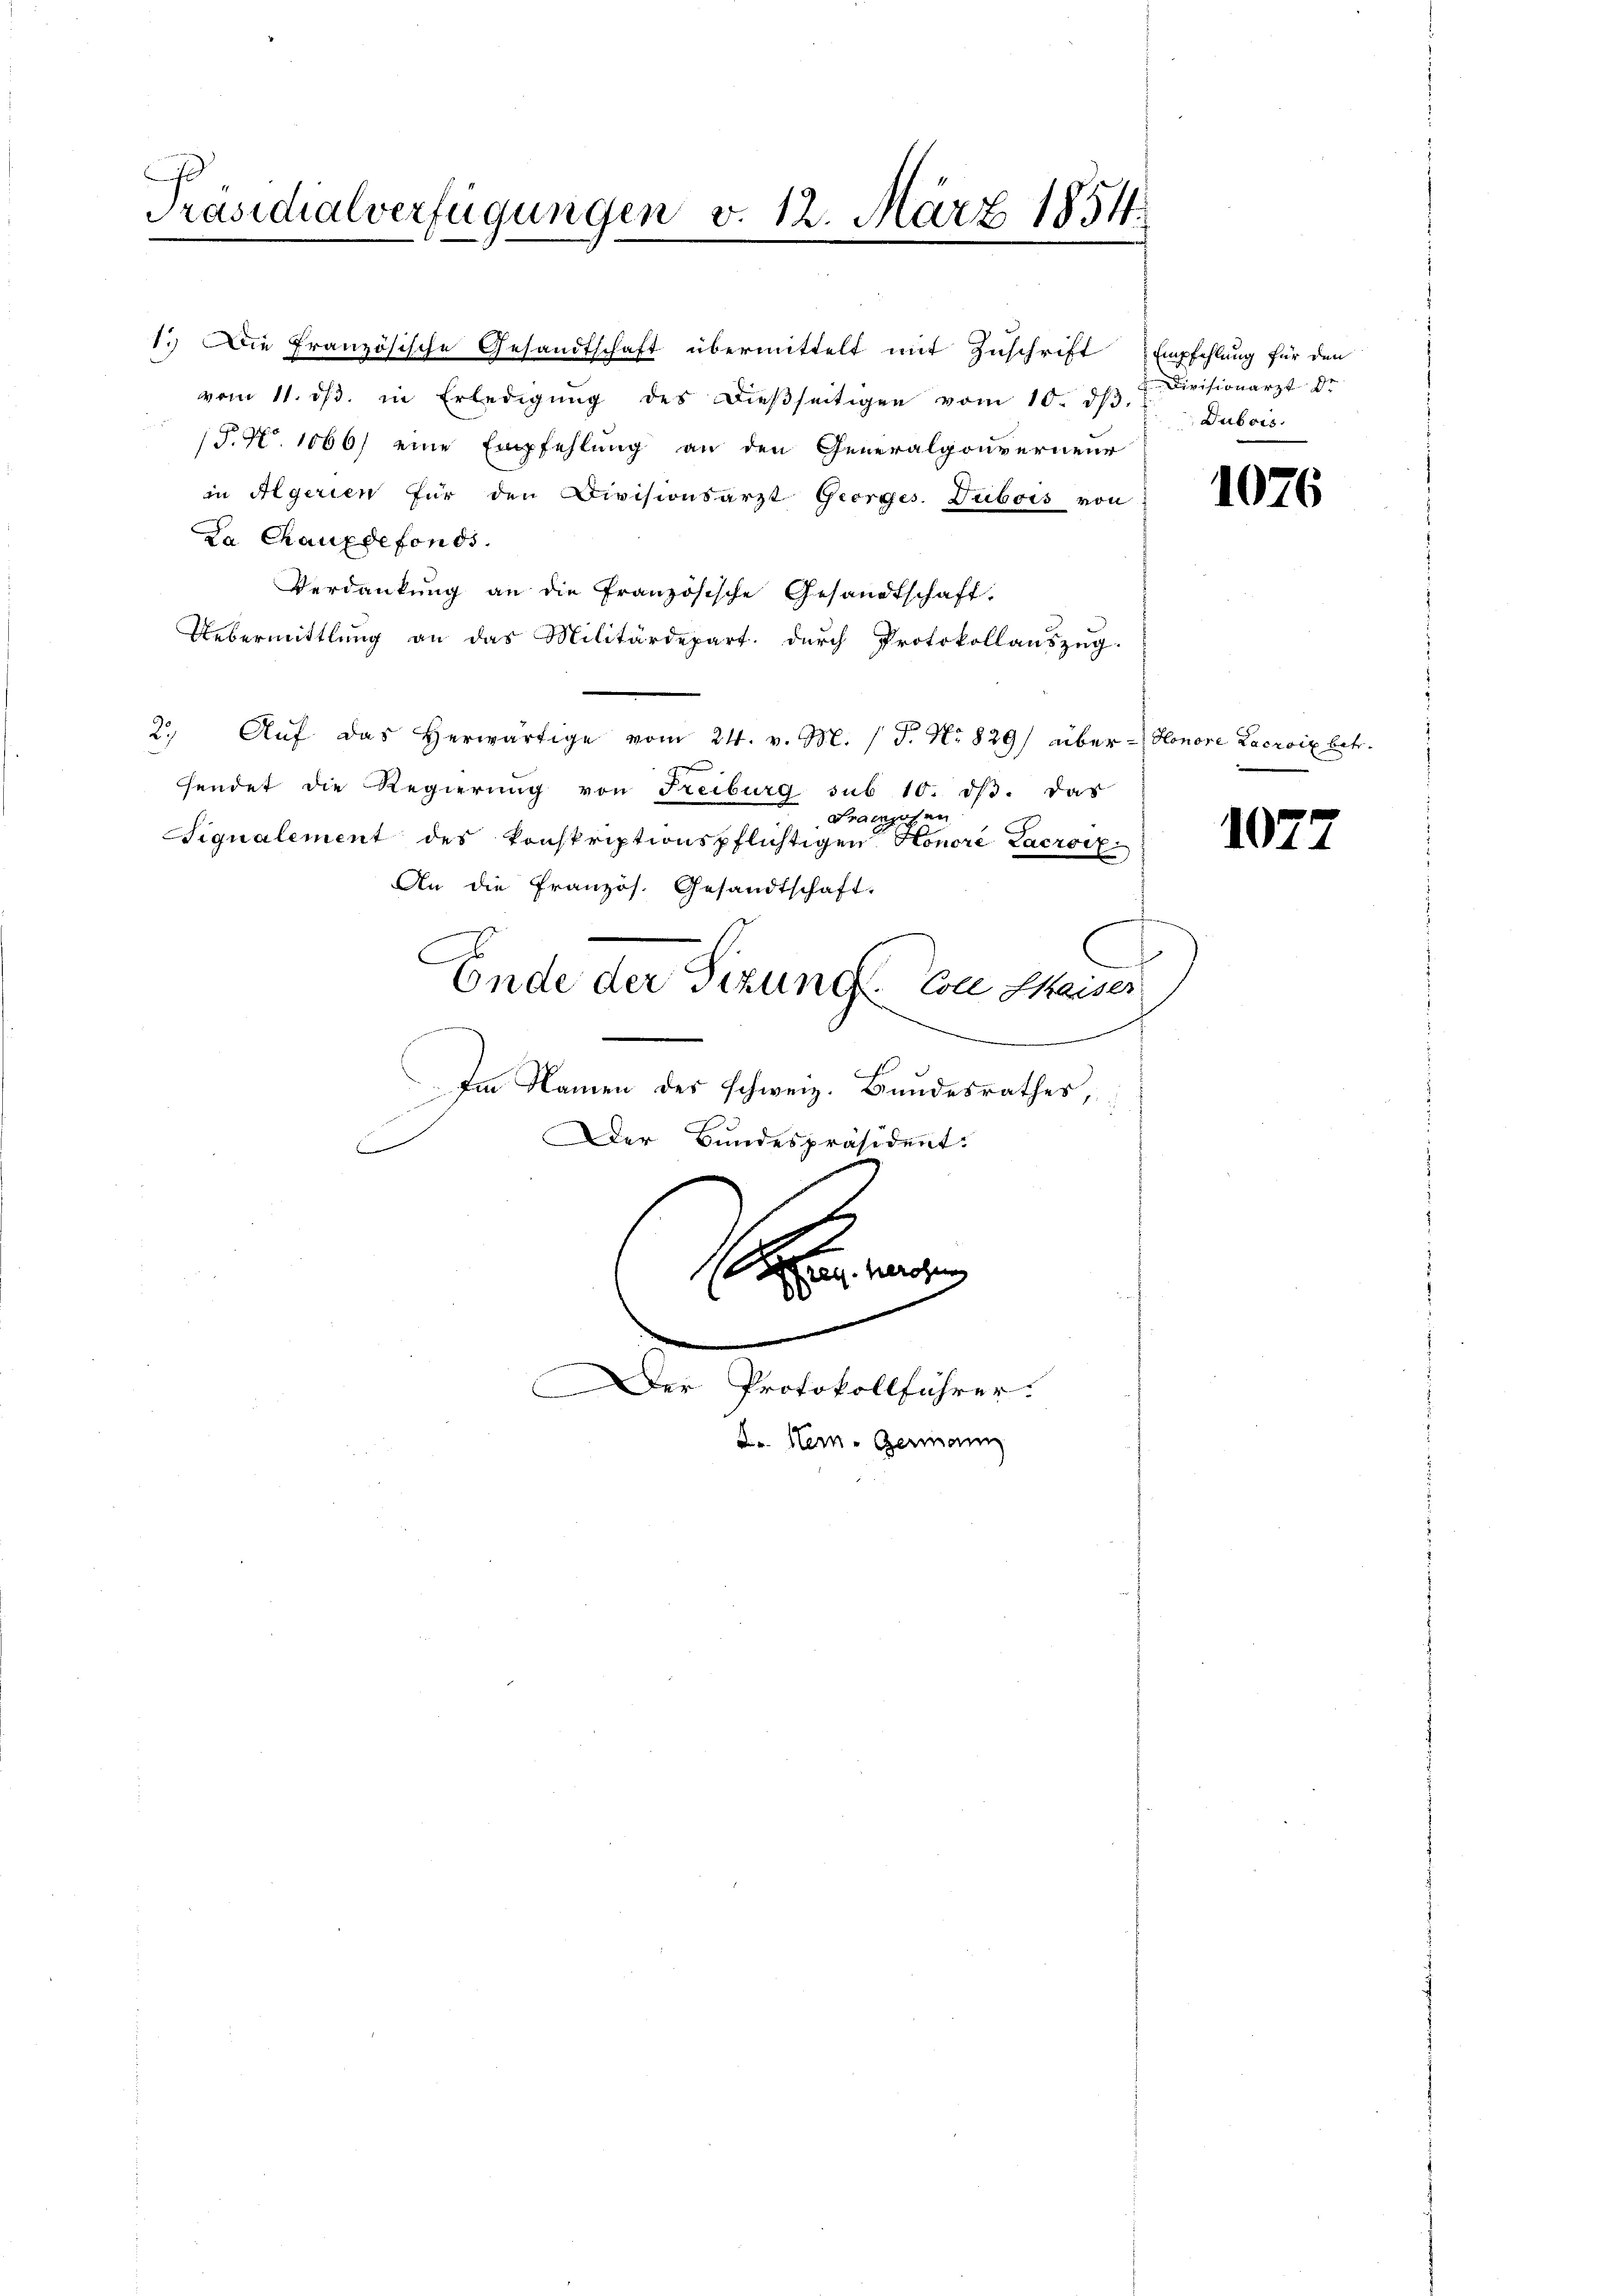
Präsidialverfügungen v. 12. März 1854
B
.

1. Die Französische Gesandtschaft übermittelt mit Zuschrift Empfehlung für den
vom 11. dβ. in Erledigŭng des dieβseitigen vom 10. dβ. " Dubois
S. No. 1666) eine Empfehlung an den Generalgouverneur
in Algerien für den Divisionsarzt Giorges. Dubois von
La Chauxdefonds.
Verdankŭng an die französische Gesandtschaft.
Uebermittlung an das Militärdepart. durch Protokollauszug.
2. Aŭf das herwärtige vom 24. v. M. (T. No 829 über-Honore Lacroix betr.
sendet die Regierung von Reiburg sub 10. dβ. das
Franzosen
iqualement des konskriptionspflichtigen Honori Lacroiz¬
An die französ. Gesandtschaft.
Ende der Sizungs-Colle Chaiser
Im Namen des schweiz. Bundesrathes,
Der Bundespräsident.

n
Der Protokollführer.
L.. Her- Germann

Divisionarzt Dr

1076

1077